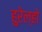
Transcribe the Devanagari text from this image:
हुरेल्हो